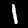
Label: 1